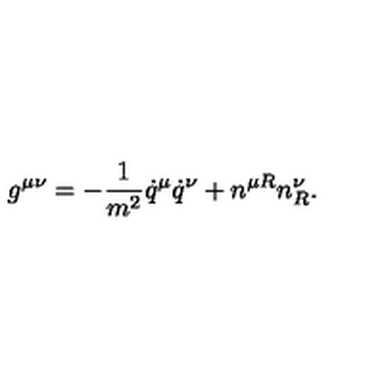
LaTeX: g ^ { \mu \nu } = - \frac { 1 } { m ^ { 2 } } \dot { q } ^ { \mu } \dot { q } ^ { \nu } + n ^ { \mu R } n _ { R } ^ { \nu } .